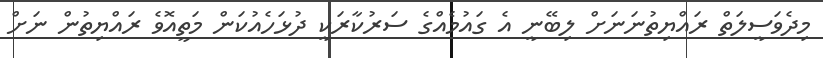
މިދެވަސީލަތް ރައްޔިތުނަނަށް ލިބޭނީ އެ ގައުމެއްގެ ސަރުކާރަކީ ދުޅަހެއުކަން މަތީއޮވެ ރައްޔިތުން ނަށް